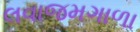
લવાજમગાળા